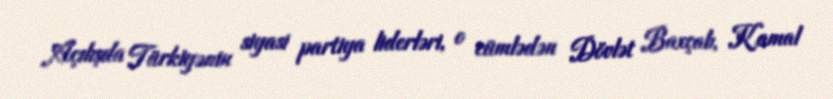
Açılışda Türkiyənin siyasi partiya liderləri, o cümlədən Dövlət Baxçalı, Kamal